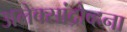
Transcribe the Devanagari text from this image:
अलेक्सांद्रोव्हना